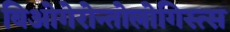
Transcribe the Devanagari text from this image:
बिओगेरोन्तोलोगिस्त्स